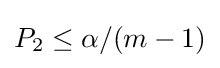
P_{2}\leq \alpha /(m-1)